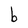
Character: b